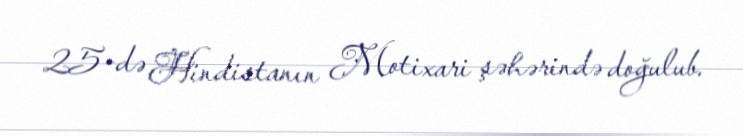
25-də Hindistanın Motixari şəhərində doğulub.